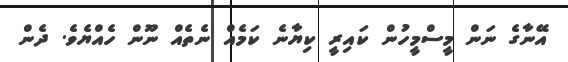
އޭނާގެ ނަން މީސްމީހުން ކައިރީ ކިޔާނެ ކަމެއް ނެތެއް ނޫން ހެއްޔެވެ. ދެން